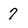
Character: 7